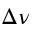
\Delta \nu